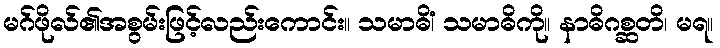
မဂ်ဖိုလ်၏အစွမ်းဖြင့်လည်းကောင်း။ သမာဓိံ၊ သမာဓိကို။ နာဓိဂစ္ဆတိ၊ မရ။